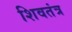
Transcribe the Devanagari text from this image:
शिवतंत्र